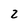
Character: 2